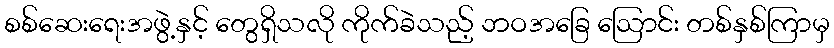
စစ်ဆေးရေးအဖွဲ့နှင့် တွေရှိသလို ကိုက်ခဲသည့် ဘဝအခြေ ဩောင်း တစ်နှစ်ကြာမှ